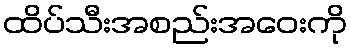
ထိပ်သီးအစည်းအဝေးကို